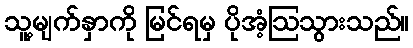
သူ့မျက်နှာကို မြင်ရမှ ပိုအံ့ဩသွားသည်။